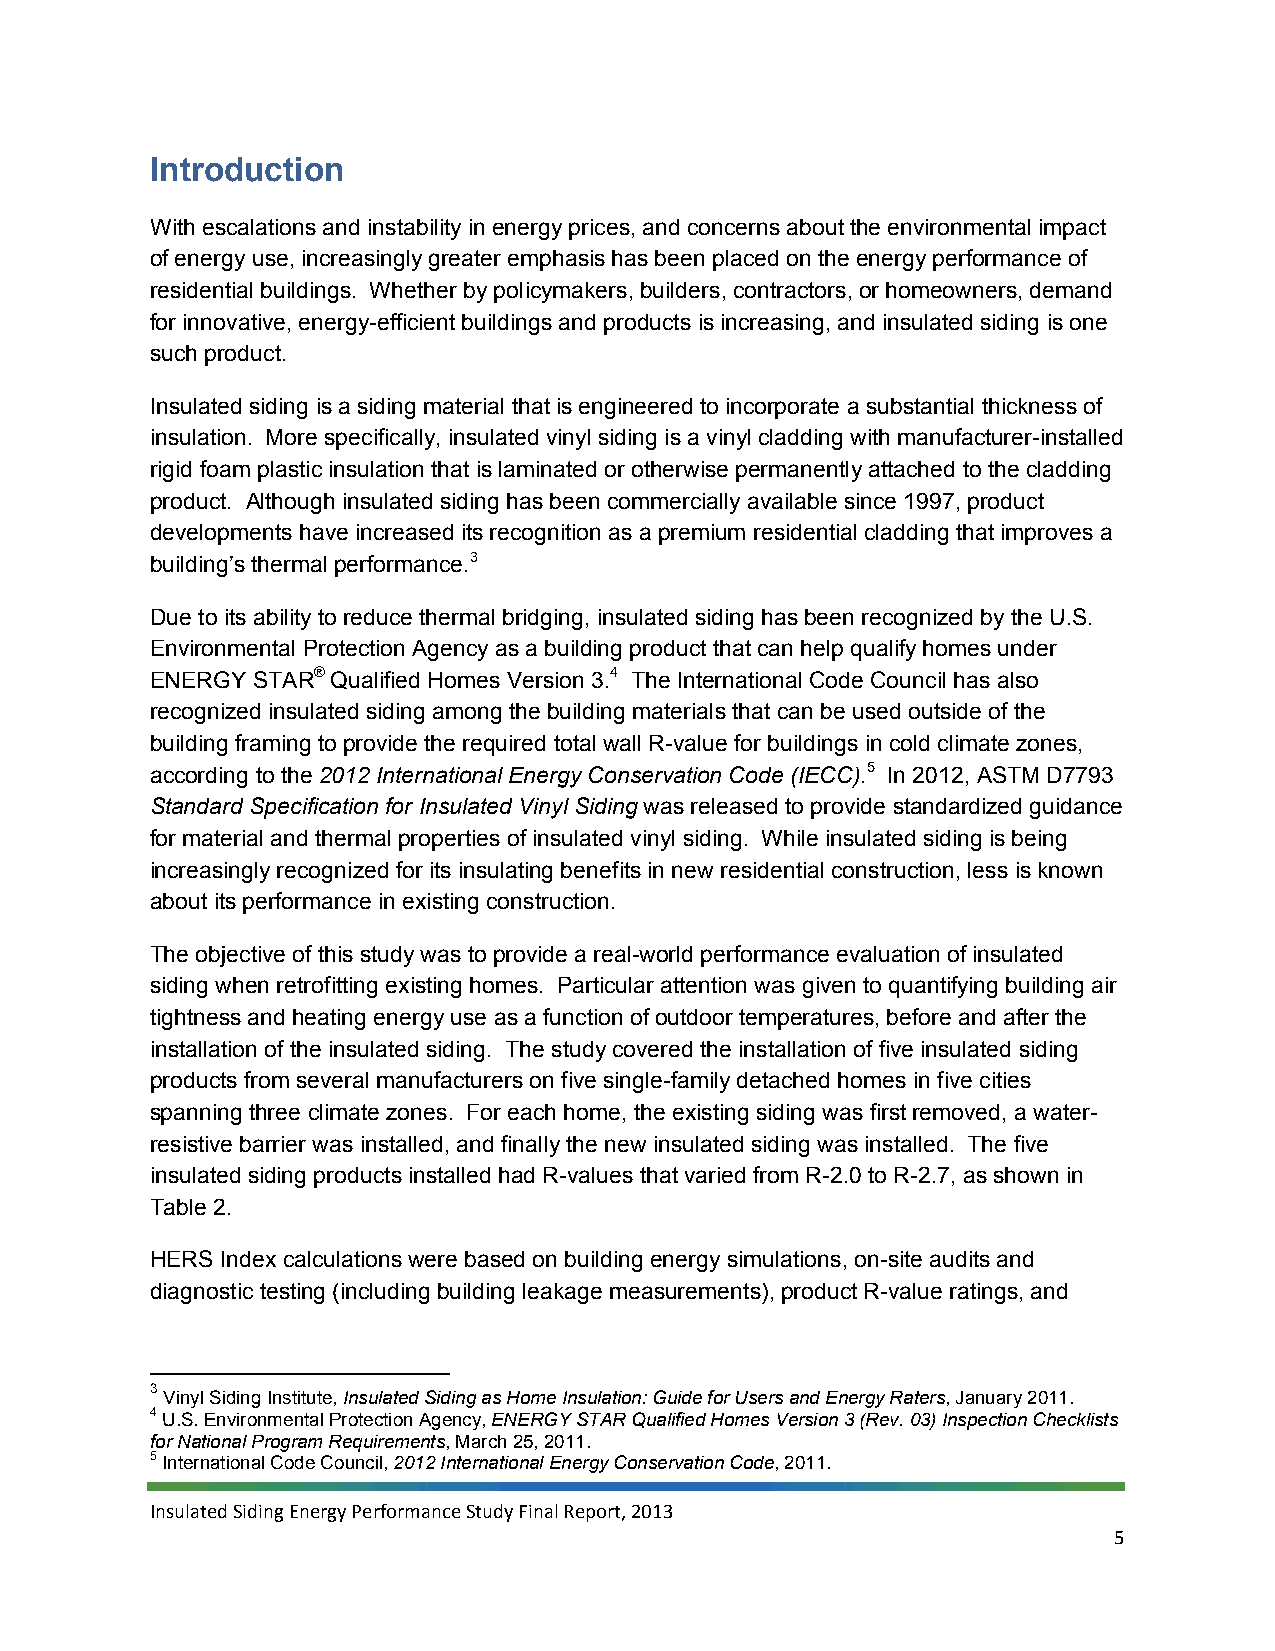
Introduction
 With escalations and instability in energy prices, and concerns about the environmental impact
 of energy use, increasingly greater emphasis has been placed on the energy performance of
 residential buildings. Whether by policymakers, builders, contractors, or homeowners, demand
 for innovative, energy-efficient buildings and products is increasing, and insulated siding is one
 such product.
 Insulated siding is a siding material that is engineered to incorporate a substantial thickness of
 insulation. More specifically, insulated vinyl siding is a vinyl cladding with manufacturer-installed
 rigid foam plastic insulation that is laminated or otherwise permanently attached to the cladding
 product. Although insulated siding has been commercially available since 1997, product
 developments have increased its recognition as a premium residential cladding that improves a
 building’s thermal performance.3
 Due to its ability to reduce thermal bridging, insulated siding has been recognized by the U.S.
 Environmental Protection Agency as a building product that can help qualify homes under
 ENERGY STAR® Qualified Homes Version 3.4 The International Code Council has also
 recognized insulated siding among the building materials that can be used outside of the
 building framing to provide the required total wall R-value for buildings in cold climate zones,
 according to the 2012 International Energy Conservation Code (IECC).5 In 2012, ASTM D7793
 Standard Specification for Insulated Vinyl Siding was released to provide standardized guidance
 for material and thermal properties of insulated vinyl siding. While insulated siding is being
 increasingly recognized for its insulating benefits in new residential construction, less is known
 about its performance in existing construction.
 The objective of this study was to provide a real-world performance evaluation of insulated
 siding when retrofitting existing homes. Particular attention was given to quantifying building air
 tightness and heating energy use as a function of outdoor temperatures, before and after the
 installation of the insulated siding. The study covered the installation of five insulated siding
 products from several manufacturers on five single-family detached homes in five cities
 spanning three climate zones. For each home, the existing siding was first removed, a water-
 resistive barrier was installed, and finally the new insulated siding was installed. The five
 insulated siding products installed had R-values that varied from R-2.0 to R-2.7, as shown in
 Table 2.
 HERS Index calculations were based on building energy simulations, on-site audits and
 diagnostic testing (including building leakage measurements), product R-value ratings, and
 3 Vinyl Siding Institute, Insulated Siding as Home Insulation: Guide for Users and Energy Raters, January 2011.
 4 U.S. Environmental Protection Agency, ENERGY STAR Qualified Homes Version 3 (Rev. 03) Inspection Checklists
 for National Program Requirements, March 25, 2011.
 5 International Code Council, 2012 International Energy Conservation Code, 2011.
 Insulated Siding Energy Performance Study Final Report, 2013
 5